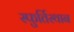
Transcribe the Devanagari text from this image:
स्फुर्तिस्थान